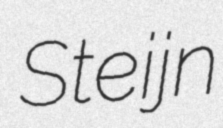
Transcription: Steijn